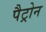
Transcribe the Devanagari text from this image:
पैट्रोन